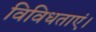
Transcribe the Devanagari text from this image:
विविधताएं।